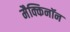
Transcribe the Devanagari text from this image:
मैक्किनॉन